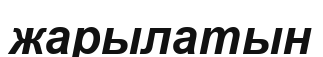
жарылатын